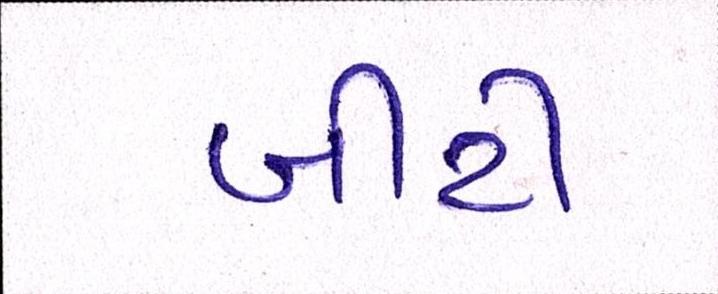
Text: બીટી